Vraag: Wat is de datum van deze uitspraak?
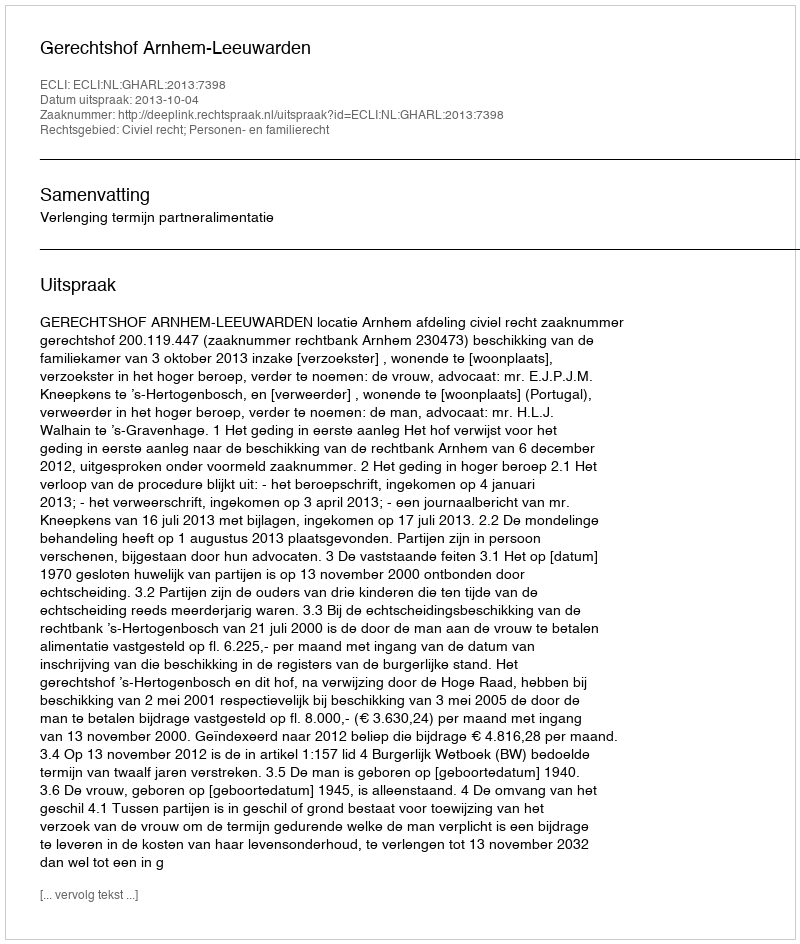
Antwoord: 2013-10-04